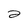
Character: 2